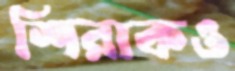
শিরাকও